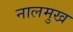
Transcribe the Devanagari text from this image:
नालमुख